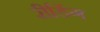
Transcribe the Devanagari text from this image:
रीडिंग